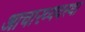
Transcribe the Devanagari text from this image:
आचारव्यवस्था